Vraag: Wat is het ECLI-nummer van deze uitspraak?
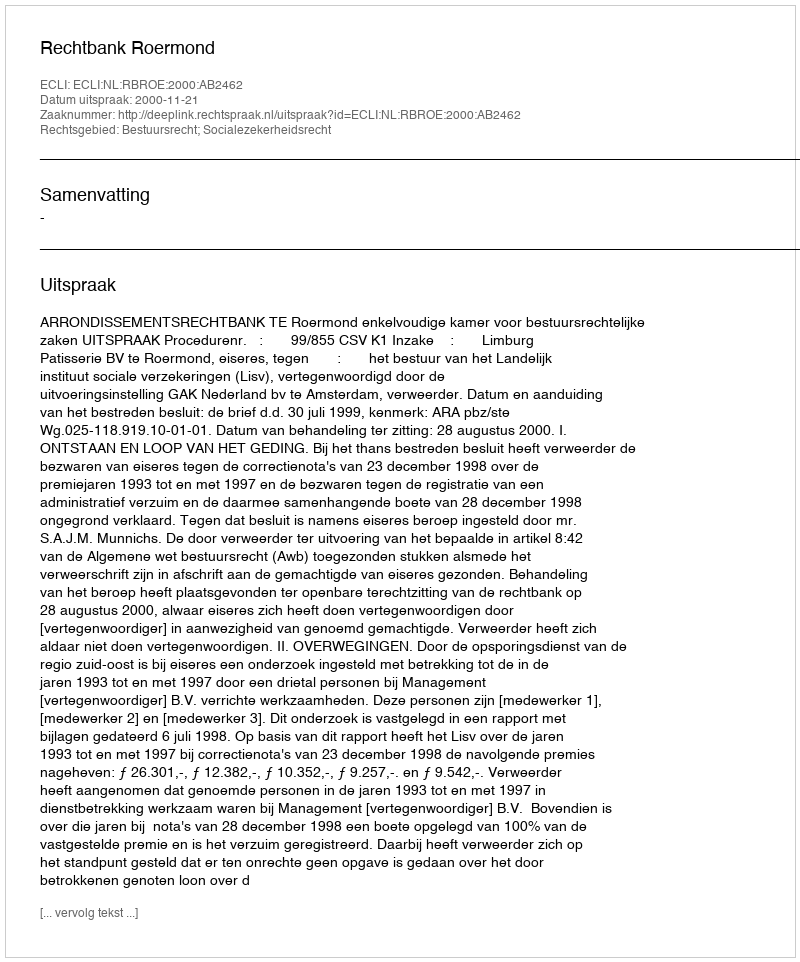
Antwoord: ECLI:NL:RBROE:2000:AB2462